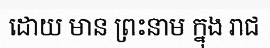
ដោយ មាន ព្រះនាម ក្នុង រាជ